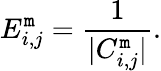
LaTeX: E_{i,j}^{\mathtt{m}}=\frac{{1}}{{|C_{i,j}^{\mathtt{m}}|}}.